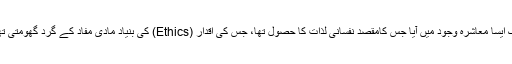
ایک ایسا معاشرہ وجود میں آیا جس کامقصد نفسانی لذات کا حصول تھا، جس کی اقدار (Ethics) کی بنیاد مادی مفاد کے گرد گھومتی تھی۔